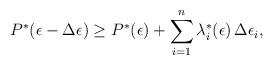
LaTeX: \begin{align*}P^*(\epsilon - \Delta \epsilon) \geq P^*(\epsilon) + \sum_{i=1}^n \lambda_i^*(\epsilon) \, \Delta \epsilon_i ,\end{align*}